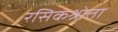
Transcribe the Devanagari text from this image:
रसिकश्रोता